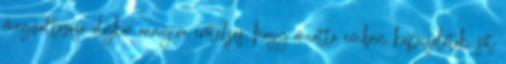
megváltozása olykor annyira erőteljes, hogy miatta emberi kapcsolatok, sőt